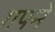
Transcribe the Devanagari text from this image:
गपने